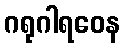
ဂရုဂါရဝေန